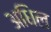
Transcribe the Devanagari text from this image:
अधिल